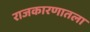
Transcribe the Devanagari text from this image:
राजकारणातला